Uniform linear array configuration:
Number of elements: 48
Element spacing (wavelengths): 0.5
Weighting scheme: hamming
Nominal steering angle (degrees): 15
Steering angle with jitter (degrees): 15.925
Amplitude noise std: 0.05
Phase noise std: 0.05

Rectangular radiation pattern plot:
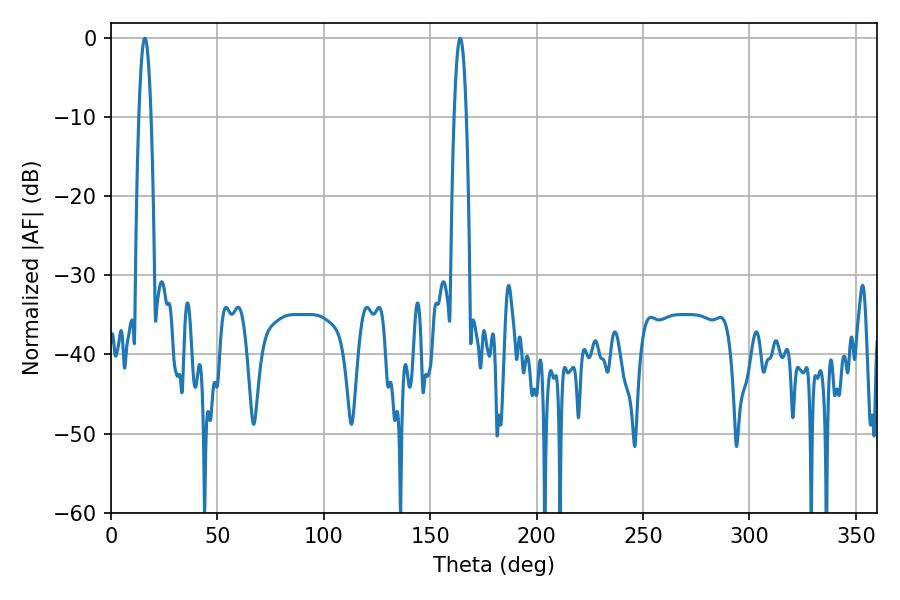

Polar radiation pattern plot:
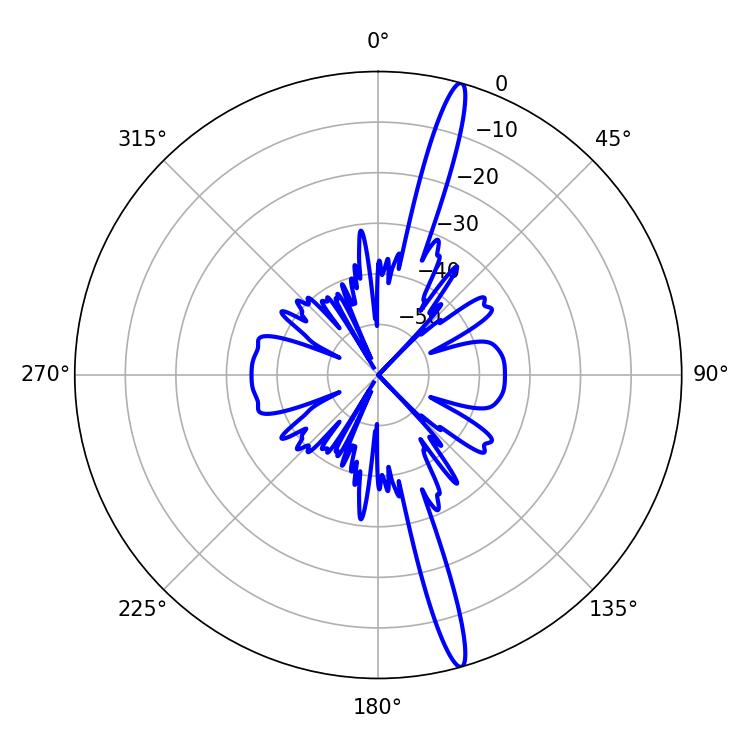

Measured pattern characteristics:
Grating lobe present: FALSE
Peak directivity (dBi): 17.819
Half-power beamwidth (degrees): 3.06
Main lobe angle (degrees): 15.84